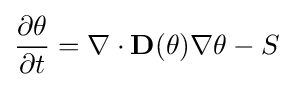
{\frac {\partial \theta }{\partial t}}=\nabla \cdot \mathbf {D} (\theta )\nabla \theta -S